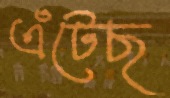
এঁটেছ